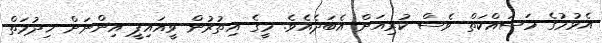
އެޅުމުގެ މަސައްކަތް ވެސް ކުރިއަށް އެބަދެއެވެ. މީގެ އިތުރުން ވީއައިޕީ އިންނަށް ޚިދުމަތް